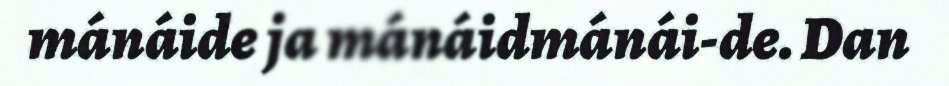
mánáide ja mánáidmánái-de. Dan